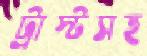
ট্রাস্টসহ